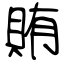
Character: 賄